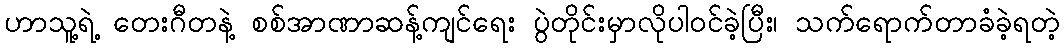
ဟာသူ့ရဲ့ တေးဂီတနဲ့ စစ်အာဏာဆန့်ကျင်ရေး ပွဲတိုင်းမှာလိုပါဝင်ခဲ့ပြီး၊ သက်ရောက်တာခံခဲ့ရတဲ့